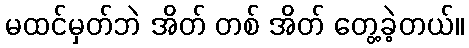
မထင်မှတ်ဘဲ အိတ် တစ် အိတ် တွေ့ခဲ့တယ်။